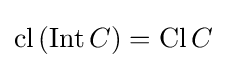
\operatorname {cl} \left(\operatorname {Int} C\right)=\operatorname {Cl} C